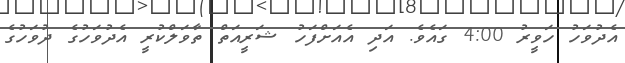
އެދުވަހު ހަވީރު 4:00 ގައެވެ. އަދި އެއަށްފަހު ޝަރީއަތް ތާވަލްކުރީ އެދުވަހުގެ ދުވަހުގެ